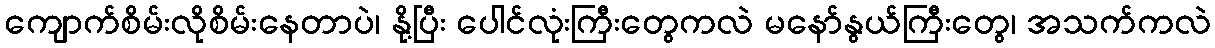
ကျောက်စိမ်းလိုစိမ်းနေတာပဲ၊ နို့ပြီး ပေါင်လုံးကြီးတွေကလဲ မနော်နွယ်ကြီးတွေ၊ အသက်ကလဲ